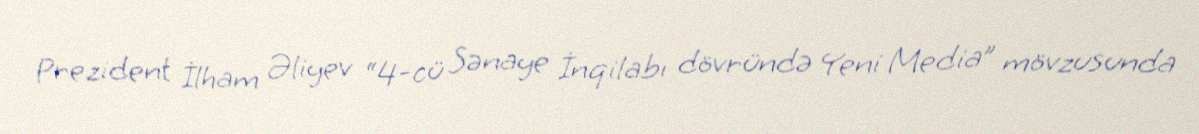
Prezident İlham Əliyev “4-cü Sənaye İnqilabı dövründə Yeni Media” mövzusunda